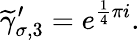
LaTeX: \widetilde{\gamma}_{\sigma,3}^{\prime}=e^{\frac{1}{4}\pi i}.